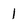
Character: 1